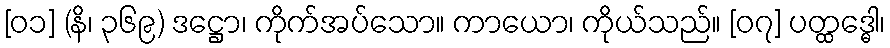
[၀၁] (နိ၊ ၃၆၉) ဒဋ္ဌော၊ ကိုက်အပ်သော။ ကာယော၊ ကိုယ်သည်။ [၀၇] ပတ္ထဒ္ဓေါ၊